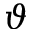
\vartheta